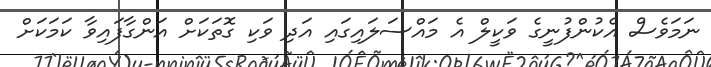
ނަމަވެސް އެކުންފުނީގެ ވަކީލް އެ މައްސަލައިގައި އަދި ވަކި ގޮތަކަށް އަންގާފައިވާ ކަމަކަށް